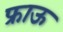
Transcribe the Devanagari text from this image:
फ्राऊ